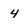
Character: 4